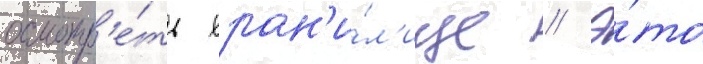
осмотр'е́ть хран'и́л'ище // Э́то